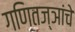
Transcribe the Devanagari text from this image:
गणितज्ञांचे